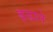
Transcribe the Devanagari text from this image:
ब़ढाने